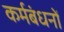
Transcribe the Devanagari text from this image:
कर्मबंधनों